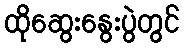
ထိုဆွေးနွေးပွဲတွင်